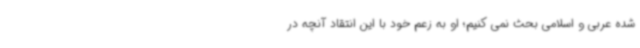
شده عربی و اسلامی بحث نمی کنیم؛ او به زعم خود با این انتقاد آنچه در